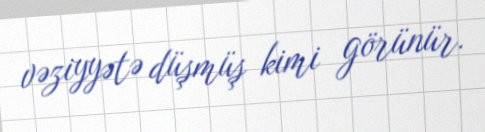
vəziyyətə düşmüş kimi görünür.